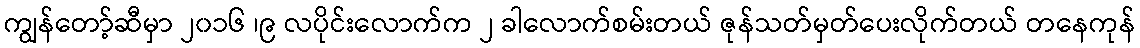
ကျွန်တော့်ဆီမှာ ၂၀၁၆ ၊၉ လပိုင်းလောက်က ၂ ခါလောက်စမ်းတယ် ဇုန်သတ်မှတ်ပေးလိုက်တယ် တနေကုန်